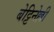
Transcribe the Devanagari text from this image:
बेट्टिनेल्ली